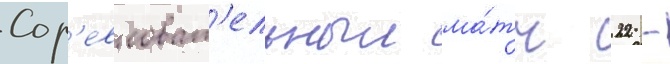
Сор'евноват'ельныи ма́тч 22 -